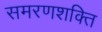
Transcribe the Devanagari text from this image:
समरणशक्ति